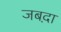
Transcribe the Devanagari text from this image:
जबद़ा